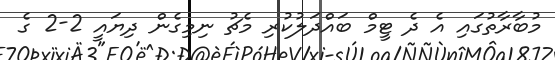
މުބާރާތުގައި އެ ދެ ޓީމް ބައްދަލުކުރި މެޗު ނިމިގެން ދިޔައީ 2-2 ގެ